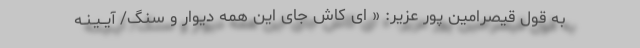
به قول قیصرامین پور عزیر: « ای کاش جای این همه دیوار و سنگ/ آیــیـنـه